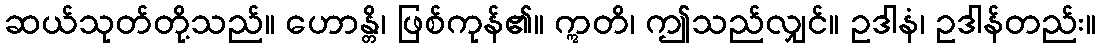
ဆယ်သုတ်တို့သည်။ ဟောန္တိ၊ ဖြစ်ကုန်၏။ ဣတိ၊ ဤသည်လျှင်။ ဥဒါနံ၊ ဥဒါန်တည်း။